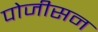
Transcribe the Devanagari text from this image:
पोजीसन